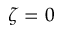
\zeta = 0